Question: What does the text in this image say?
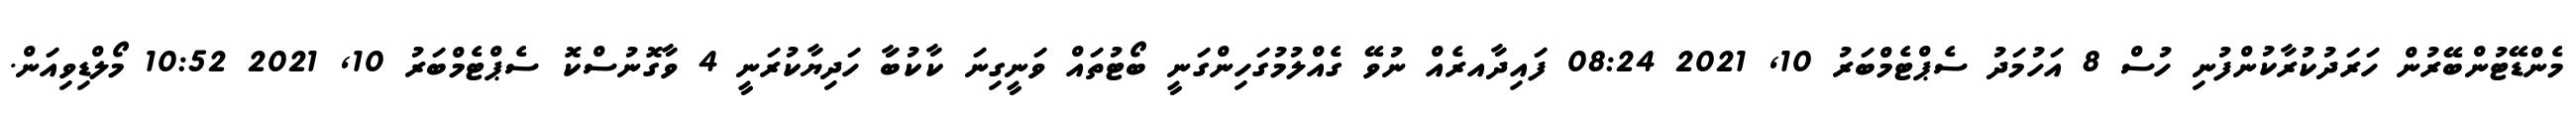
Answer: މެންޑޭޓުންބޭރުން ހަރަދުކުރާކުންފުނި ހުސް 8 އަހުމަދު ސެޕްޓެމްބަރު 10, 2021 08:24 ފައިދާއރެއް ނުވޭ ގެއްލުމުގަހިންގަނީ ބޯޓުތައް ވަނީގިނަ ކާކުބަާ ހަދިޔާކުރަނީ 4 ވާގޮނުސްކޮ ސެޕްޓެމްބަރު 10, 2021 10:52 މޯލްޑިވިއަން.